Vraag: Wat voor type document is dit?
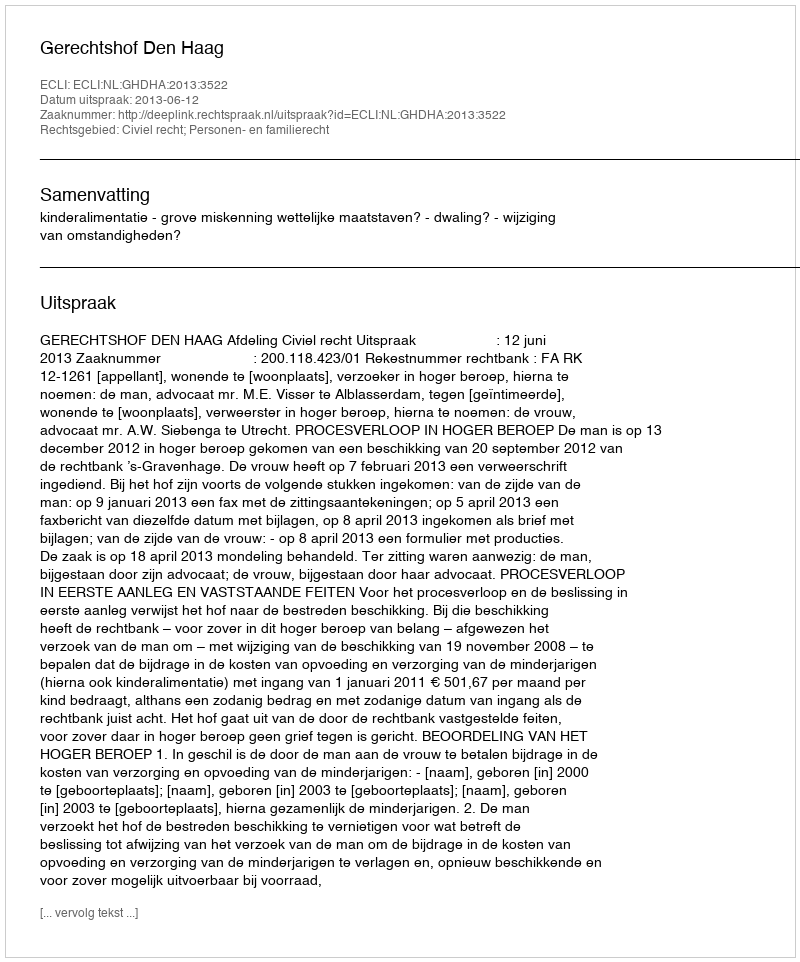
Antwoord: Uitspraak